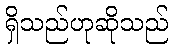
ရှိသည်ဟုဆိုသည်